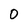
Character: 0